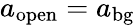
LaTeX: a_{\mathrm{open}}=a_{\mathrm{bg}}